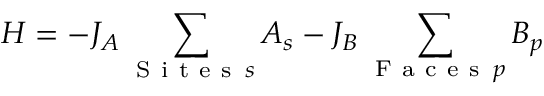
H = - J _ { A } \sum _ { \mathrm { ~ S ~ i ~ t ~ e ~ s ~ } \, s } A _ { s } - J _ { B } \sum _ { \mathrm { ~ F ~ a ~ c ~ e ~ s ~ } \, p } B _ { p }